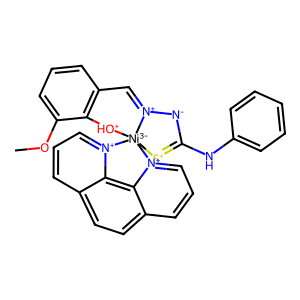
SMILES: COc1cccc2c1[OH+][Ni-3]13([S+]=C(Nc4ccccc4)[N-][N+]1=C2)[n+]1cccc2ccc4ccc[n+]3c4c21
Inhibits HIV replication: No